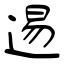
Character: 逷